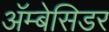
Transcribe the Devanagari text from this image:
अॅम्बेसिडर